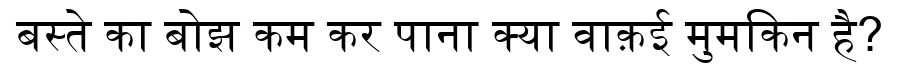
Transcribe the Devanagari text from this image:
बस्ते का बोझ कम कर पाना क्या वाक़ई मुमकिन है?